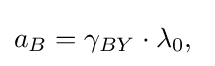
a_{B}=\gamma _{BY}\cdot \lambda _{0},\